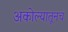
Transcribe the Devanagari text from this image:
अकोल्यातूनच